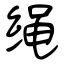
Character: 绳